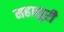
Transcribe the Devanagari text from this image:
महासुरी